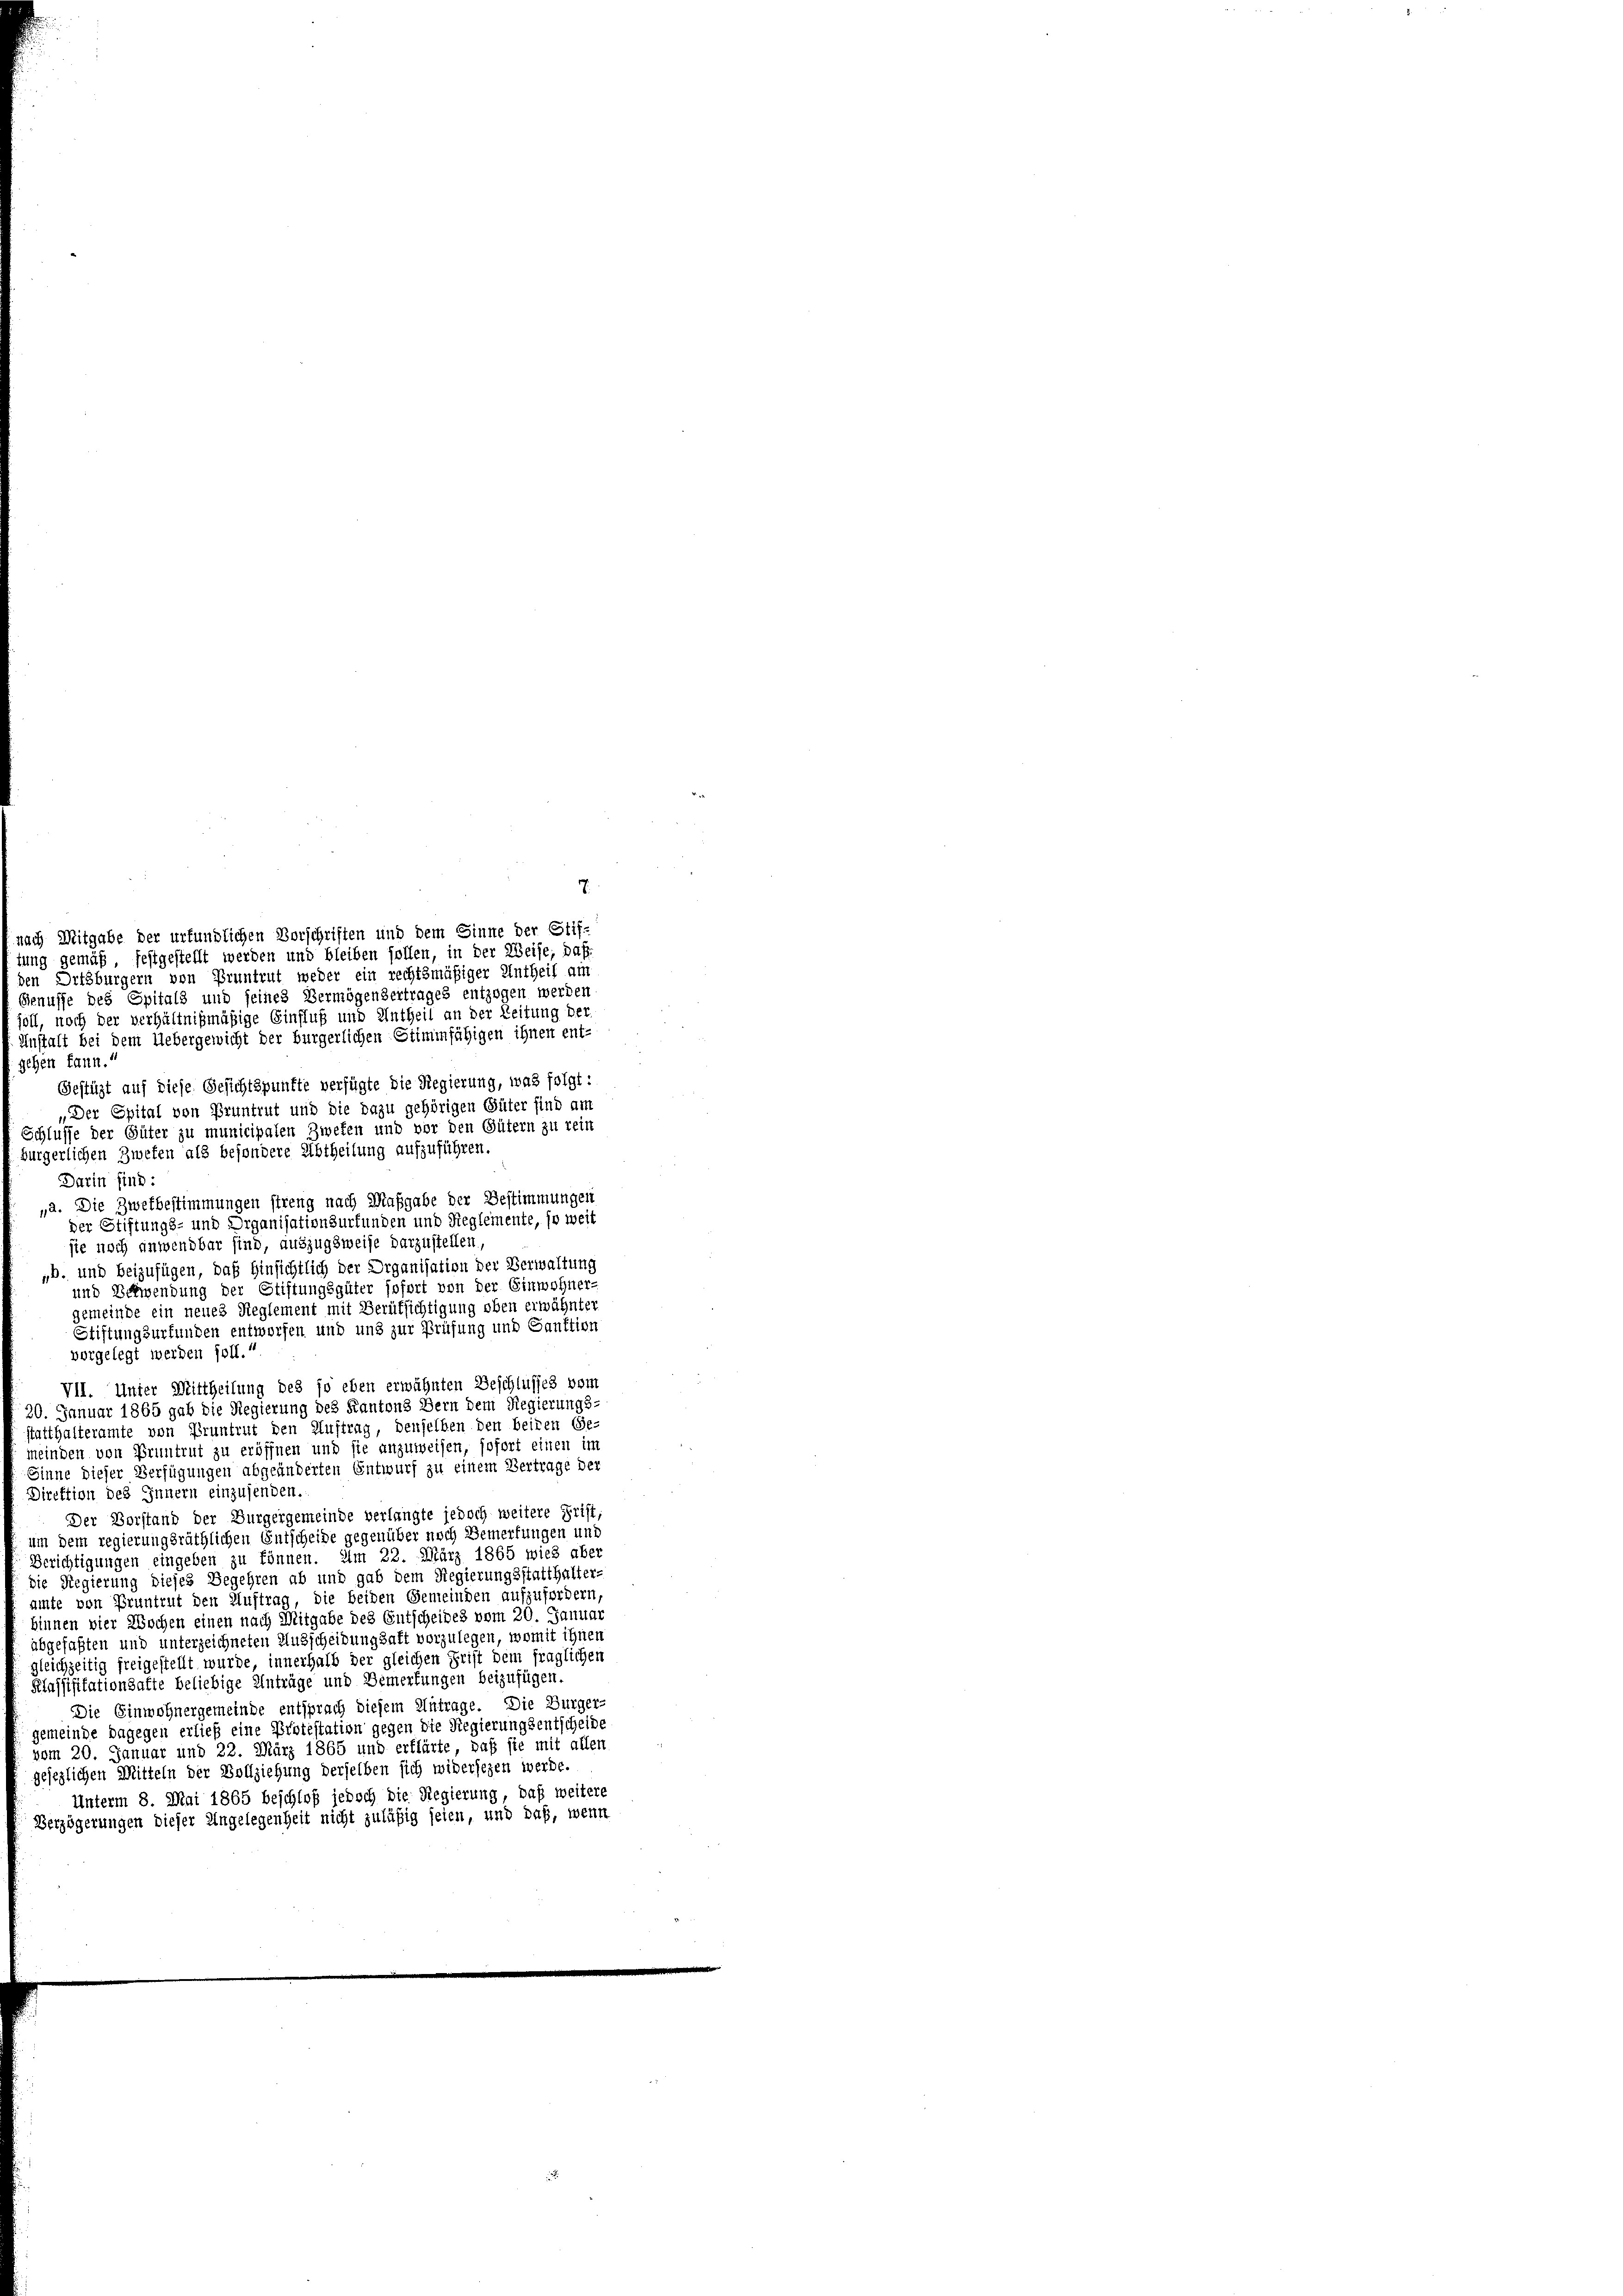
nach Mitgabe der urfündlichen Vorschriften und dem Sinne der Stif-
tung gemäß, festgestellt werden und bleiben sollen, in der Weise, daß
en Ortsbürgern von Pruntrut weder ein rechtsmäßiger Untheil am
Genusse des Spitals und seines Vermögensertrages entzogen werden
soll, noch der verhältnißmäßige Einfluß und Antheil an der Zeitung der
Instalt bei dem Uebergewicht der bürgerlichen Stimmfähigen ihnen ent-
sehen kann.“
Gestüzt auf diese Gesichtspunkte verfügte die Regierung, was folgt:
„Der Epital von Pruntrut und die dazu gehörigen Güter find am
Schlusse der Güter zu municipalen Zweken und vor den Gütern zu rein
bürgerlichen Zwefen als besondere Abtheilung aufzuführen.
Darin sind:
„a. Die Zwekbestimmungen streng nach Maßgabe der Bestimmungen
der Stiftungs- und Organisationsurfunden und Rieglemente, so weit
sie noch anwendbar sind, auszugsweise darzustellen,
„b. und beizufügen, daß Hinsichtlich der Organisation der Verwaltung
und Schwendung der Stiftungsgüter sofort von der Einwohner-
gemeinde ein neues Reglement mit Berüksichtigung oben erwähnter
Stiftungsurfunden entworfen und und zur Prüfung und Sanktion
vorgelegt werden soll.“
VII. Unter Mittheilung des so eben erwähnten Beschlusses vom
20. Januar 1865 gab die Regierung des Kantons Bern dem Regierungs-
statthalteramte von Pruntrut den Auftrag, denselben den beiden Ge-
meinden von Pruntrut zu eröffnen und sie anzuweisen, sofort einen im
Ginne dieser Verfügungen abgeänderten Entwurf zu einem Vertrage der
Direktion des Innern einzusenden.
Der Vorstand der Bürgergemeinde verlangte jedoch weitere Frist,
um dem regierungsräthlichen Entscheide gegenüber noch Bemerkungen und
Berichtigungen eingeben zu können. Am 22. März 1865 wied über
die Regierung dieses Begehren ab und gab dem Regierungsstatthalter-
amte von Pruntrut den Auftrag, die beiden Gemeinden aufzufordern,
binnen vier Wochen einen nach Mitgabe des Entscheides vom 20. Januar
abgefaßten und unterzeichneten Ausscheidungsaft vorzulegen, womit ihnen
gleichzeitig freigestellt wurde, innerhalb der gleichen Frist dem fraglichen
Klassisitationsafte beliebige Anträge und Bemerkungen beizufügen.
Die Einwohnergemeinde entsprach diesem Antrage. Die Bürger-
gemeinde dagegen erließ eine Protestation gegen die Regierungsentscheide
vom 20. Januar und 22. März 1865 und erklärte, daß sie mit allen
gesezlichen Mitteln der Vollziehung derselben sich widersezen werde.
Unterm 8. Mai 1865 beschloß jedoch die Regierung, daß weitere
Berzögerungen dieser Angelegenheit nicht zuläßig seien, und daß, wenn

7.